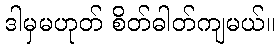
ဒါမှမဟုတ် စိတ်ဓါတ်ကျမယ်။